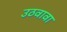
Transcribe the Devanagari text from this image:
उठवावा